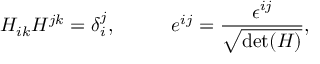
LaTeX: H _ { i k } H ^ { j k } = \delta _ { i } ^ { j } , \; \; \; \; \; \; \; \; \; \; e ^ { i j } = \frac { \epsilon ^ { i j } } { \sqrt { \mathrm { d e t } ( H ) } } ,